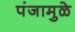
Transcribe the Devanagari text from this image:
पंजामुळे